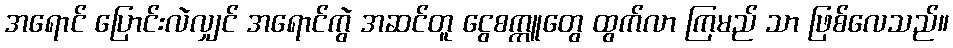
အရောင် ပြောင်းလဲလျှင် အရောင်ကွဲ အဆင်တူ ငွေစက္ကူတွေ ထွက်လာ ကြမည် သာ ဖြစ်လေသည်။